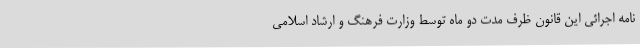
نامه اجرائی این قانون ظرف مدت دو ماه توسط وزارت فرهنگ و ارشاد اسلامی